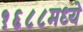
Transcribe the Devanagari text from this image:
१६८८मध्ये